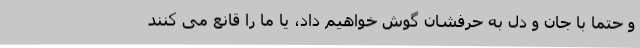
و حتما با جان و دل به حرفشان گوش خواهیم داد، یا ما را قانع می کنند